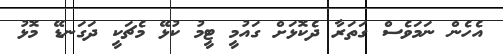
އެހެން ނަމަވެސް ގަތަރާ ދެކޮޅަށް ގައުމީ ޓީމު ކުޅޭ މެޗަކީ ދަގަނޑޭ މޮޅު